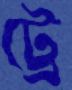
ট্রে